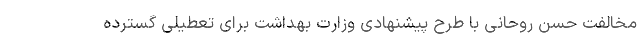
مخالفت حسن روحانی با طرح پیشنهادی وزارت بهداشت برای تعطیلی گسترده